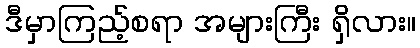
ဒီမှာကြည့်စရာ အများကြီး ရှိလား။